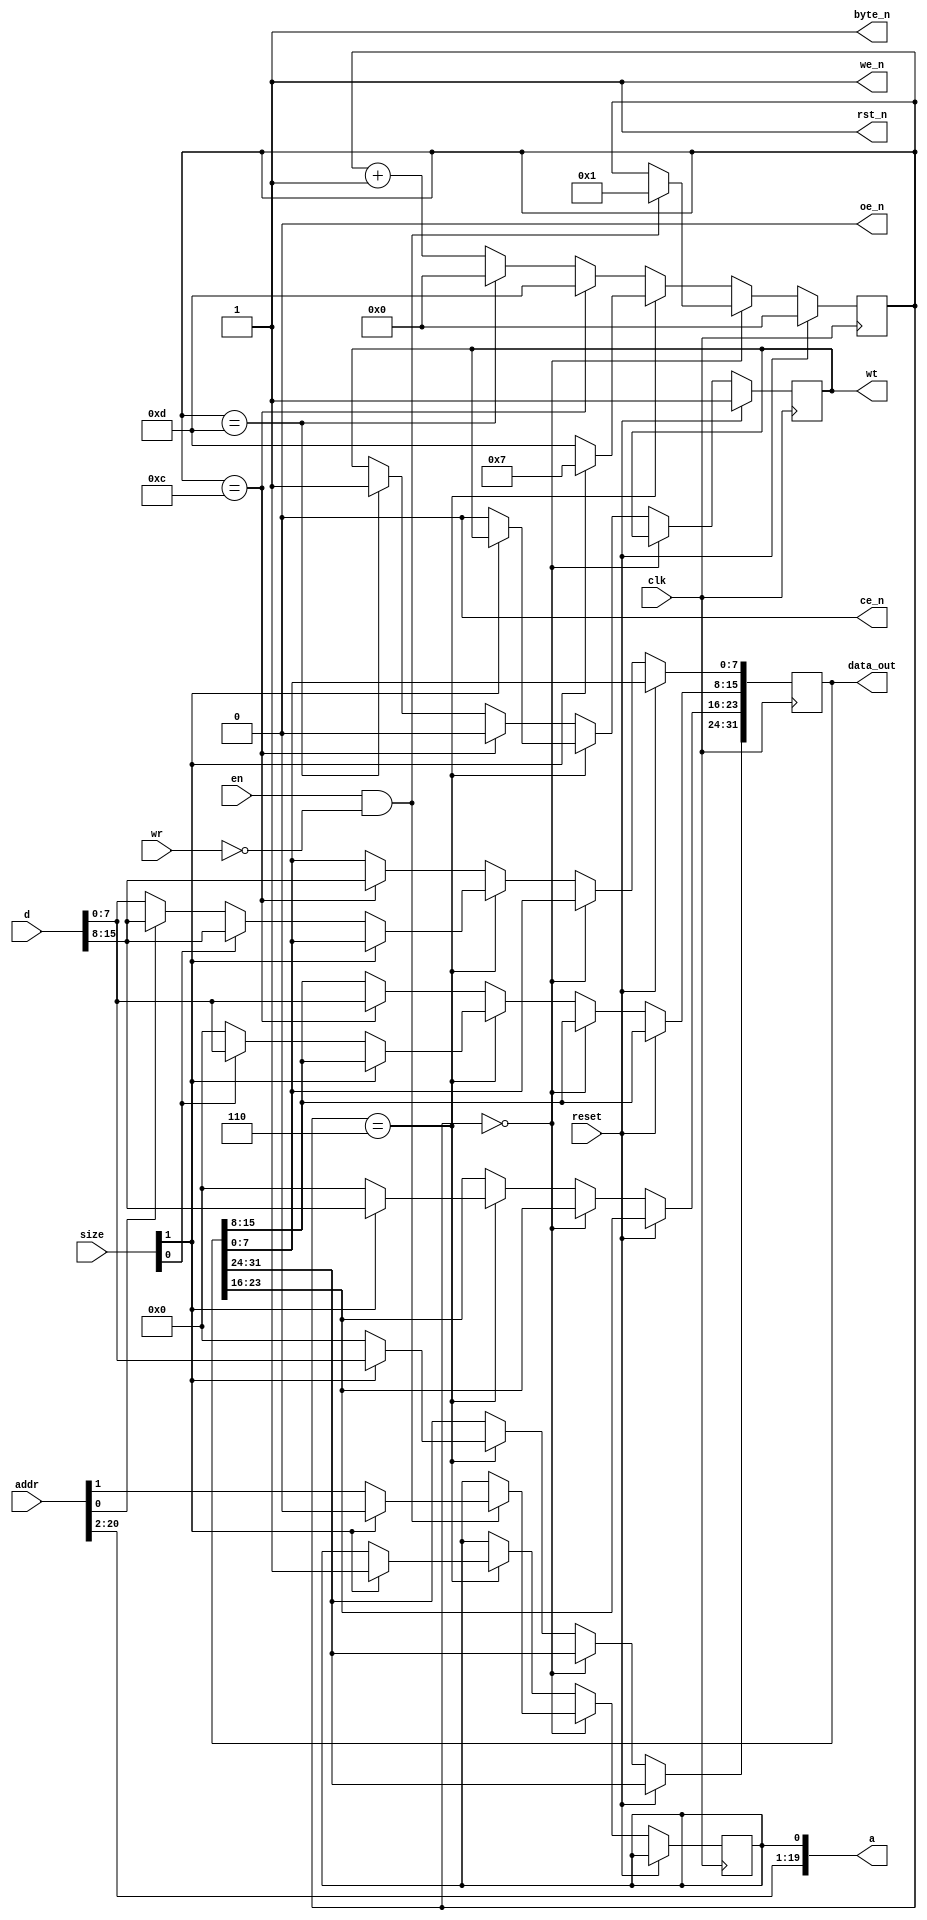
module rom_14(clk, reset,
           en, wr, size, addr,
           data_out, wt,
           ce_n, oe_n, we_n, rst_n, byte_n, a, d);
    input clk;
    input reset;
    input en;
    input wr;
    input [1:0] size;
    input [20:0] addr;
    output reg [31:0] data_out;
    output reg wt;
    output ce_n;
    output oe_n;
    output we_n;
    output rst_n;
    output byte_n;
    output [19:0] a;
    input [15:0] d;
  reg [3:0] state;
  reg a0;
  assign ce_n = 0;
  assign oe_n = 0;
  assign we_n = 1;
  assign rst_n = 1;
  assign byte_n = 1;
  assign a[19:1] = addr[20:2];
  assign a[0] = a0;
  always @(posedge clk) begin
    if (reset == 1) begin
      state <= 0;
      wt <= 1;
    end else begin
      if (state == 0) begin
        if (en == 1 && wr == 0) begin
          state <= 1;
          if (size[1] == 1) begin
            a0 <= 0;
          end else begin
            a0 <= addr[1];
          end
        end
      end else
      if (state == 6) begin
        if (size[1] == 1) begin
          data_out[31:24] <= d[7:0];
          data_out[23:16] <= d[15:8];
          state <= 7;
          a0 <= 1;
        end else begin
          data_out[31:16] <= 16'h0000;
          if (size[0] == 1) begin
            data_out[15:8] <= d[7:0];
            data_out[7:0] <= d[15:8];
          end else begin
            data_out[15:8] <= 8'h00;
            if (addr[0] == 0) begin
              data_out[7:0] <= d[7:0];
            end else begin
              data_out[7:0] <= d[15:8];
            end
          end
          state <= 13;
          wt <= 0;
        end
      end else
      if (state == 12) begin
        data_out[15:8] <= d[7:0];
        data_out[7:0] <= d[15:8];
        state <= 13;
        wt <= 0;
      end else
      if (state == 13) begin
        wt <= 1;
        state <= 0;
      end else begin
        state <= state + 1;
      end
    end
  end
endmodule